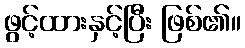
ဖွင့်ထားနှင့်ပြီး ဖြစ်၏။